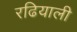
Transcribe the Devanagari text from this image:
रढियाली